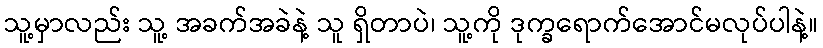
သူ့မှာလည်း သူ့ အခက်အခဲနဲ့ သူ ရှိတာပဲ၊ သူ့ကို ဒုက္ခရောက်အောင်မလုပ်ပါနဲ့။